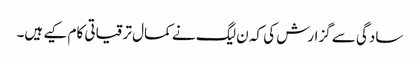
سادگی سے گزارش کی کہ ن لیگ نے کمال ترقیاتی کام کیے ہیں۔